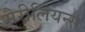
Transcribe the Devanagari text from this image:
मैरीलियन्स